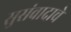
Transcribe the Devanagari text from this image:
सुसंवादाचे